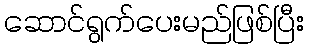
ဆောင်ရွက်ပေးမည်ဖြစ်ပြီး